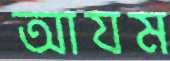
আযম